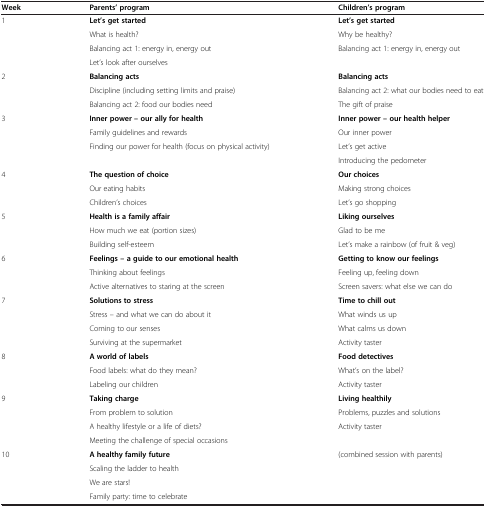
| Week | Parents’ program | Children’s program |
 | --- | --- | --- |
 | <ROWSPAN=4> 1 | Let’s get started | Let’s get started |
 | What is health? | Why be healthy? |
 | Balancing act 1: energy in, energy out | <ROWSPAN=2> Balancing act 1: energy in, energy out |
 | Let’s look after ourselves |
 | <ROWSPAN=3> 2 | Balancing acts | Balancing acts |
 | Discipline (including setting limits and praise) | Balancing act 2: what our bodies need to eat |
 | Balancing act 2: food our bodies need | The gift of praise |
 | <ROWSPAN=4> 3 | Inner power – our ally for health | Inner power – our health helper |
 | Family guidelines and rewards | Our inner power |
 | Finding our power for health (focus on physical activity) | Let’s get active |
 |  | Introducing the pedometer |
 | <ROWSPAN=3> 4 | The question of choice | Our choices |
 | Our eating habits | Making strong choices |
 | Children’s choices | Let’s go shopping |
 | <ROWSPAN=3> 5 | Health is a family affair | Liking ourselves |
 | How much we eat (portion sizes) | Glad to be me |
 | Building self-esteem | Let’s make a rainbow (of fruit & veg) |
 | <ROWSPAN=3> 6 | Feelings – a guide to our emotional health | Getting to know our feelings |
 | Thinking about feelings | Feeling up, feeling down |
 | Active alternatives to staring at the screen | Screen savers: what else we can do |
 | <ROWSPAN=4> 7 | Solutions to stress | Time to chill out |
 | Stress – and what we can do about it | What winds us up |
 | Coming to our senses | What calms us down |
 | Surviving at the supermarket | Activity taster |
 | <ROWSPAN=3> 8 | A world of labels | Food detectives |
 | Food labels: what do they mean? | What’s on the label? |
 | Labeling our children | Activity taster |
 | <ROWSPAN=4> 9 | Taking charge | Living healthily |
 | From problem to solution | Problems, puzzles and solutions |
 | A healthy lifestyle or a life of diets? | Activity taster |
 | Meeting the challenge of special occasions |  |
 | <ROWSPAN=3> 10 | A healthy family future | (combined session with parents) |
 | Scaling the ladder to health |  |
 | We are stars! |  |
 |  | Family party: time to celebrate |  |